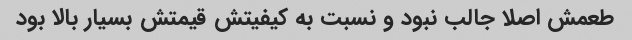
طعمش اصلا جالب نبود و نسبت به کیفیتش قیمتش بسیار بالا بود